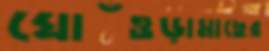
ঘোঁওড়ামাছের